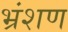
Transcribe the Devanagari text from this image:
भ्रंशण